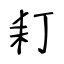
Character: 耓